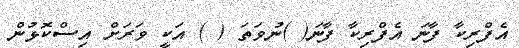
އެފްރިކާ ފާނަ އެފްރިކާ ފާނަ( )ނުވަތަ ( ) އަކީ ވަރަށް އިސްކޮޅުން